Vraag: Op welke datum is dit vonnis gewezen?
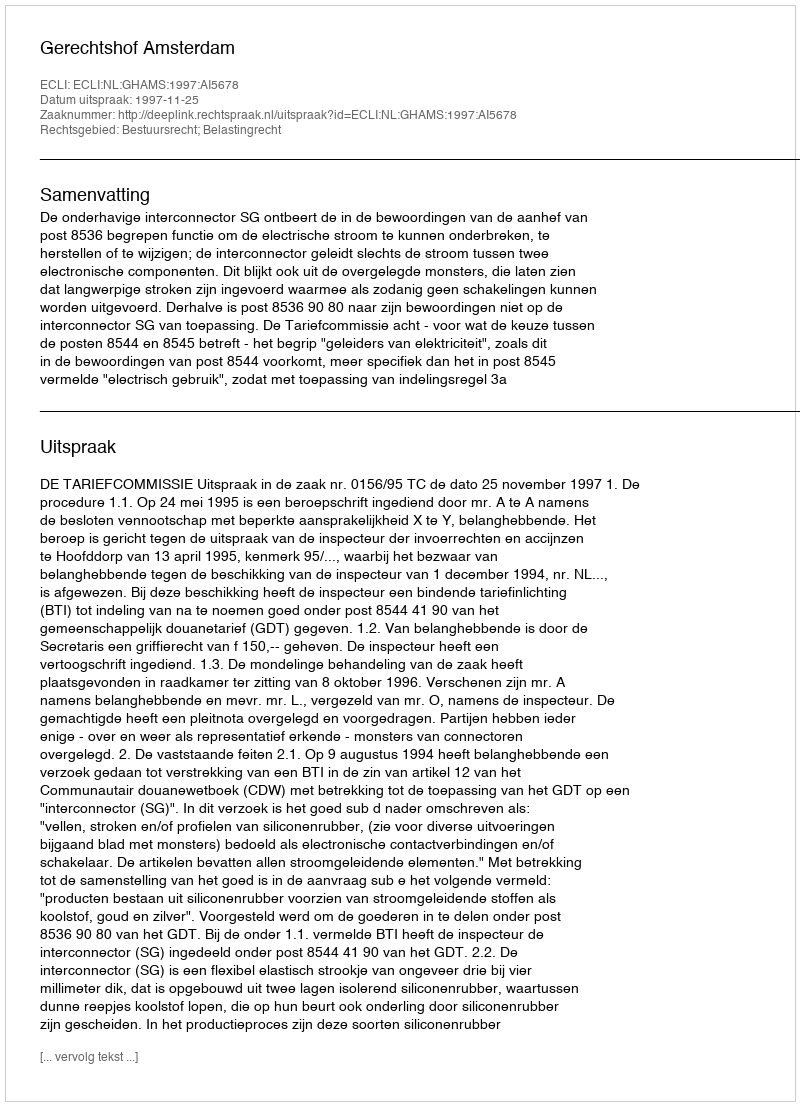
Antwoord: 1997-11-25